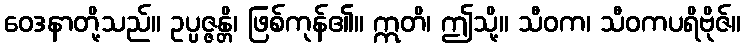
ဝေဒနာတို့သည်။ ဥပ္ပဇ္ဇန္တိ၊ ဖြစ်ကုန်၏။ ဣတိ၊ ဤသို့။ သီဝက၊ သီဝကပရိဗိုဇ်။